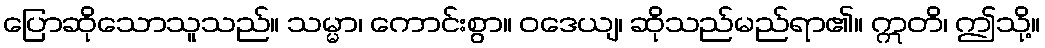
ပြောဆိုသောသူသည်။ သမ္မာ၊ ကောင်းစွာ။ ဝဒေယျ၊ ဆိုသည်မည်ရာ၏။ ဣတိ၊ ဤသို့။